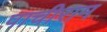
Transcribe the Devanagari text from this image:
पाचीराम